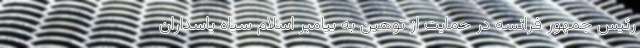
رئیس جمهور فرانسه در حمایت از توهین به پیامبر اسلام سپاه پاسداران